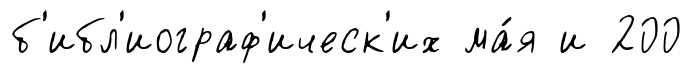
б'ибл'иограф'ическ'их ма́я и 200